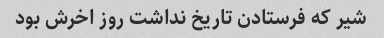
شیر که فرستادن تاریخ نداشت روز اخرش بود